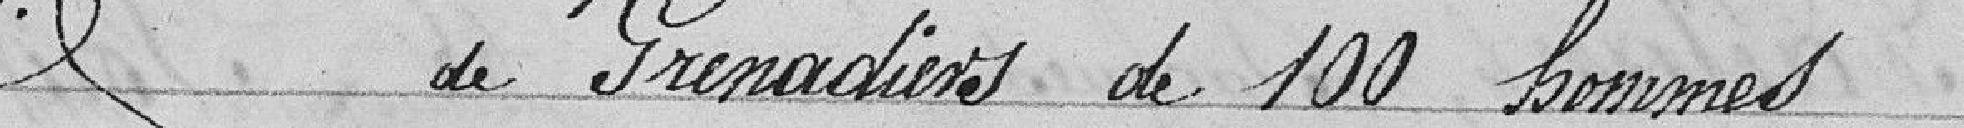
de Grenadiers de 100 hommes